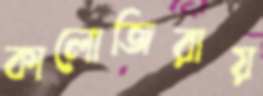
কালোজিরায়